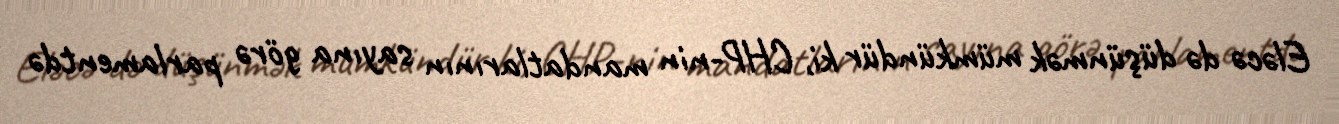
Eləcə də düşünmək mümkündür ki, CHP-nin mandatlarının sayına görə parlamentdə